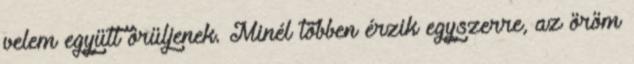
velem együtt örüljenek. Minél többen érzik egyszerre, az öröm